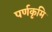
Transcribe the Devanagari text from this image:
पर्णकृमि